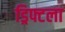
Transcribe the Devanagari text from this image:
ड्रिफ्टला